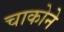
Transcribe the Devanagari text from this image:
चाकोने